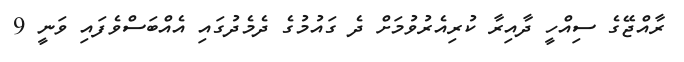
ރާއްޖޭގެ ސިއްހީ ދާއިރާ ކުރިއެރުވުމަށް ދެ ގައުމުގެ ދެމެދުގައި އެއްބަސްވެފައި ވަނީ 9